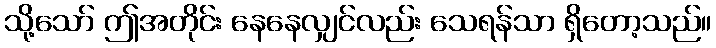
သို့သော် ဤအတိုင်း နေနေလျှင်လည်း သေရန်သာ ရှိတော့သည်။